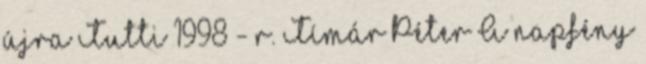
újra Tutti 1998 - r. Tímár Péter A napfény